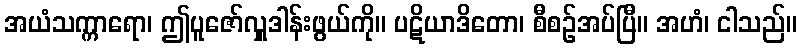
အယံသက္ကာရော၊ ဤပူဇော်လှူဒါန်းဖွယ်ကို။ ပဋိယာဒိတော၊ စီစဉ်အပ်ပြီ။ အဟံ၊ ငါသည်။